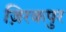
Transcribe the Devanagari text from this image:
ज़िरकपुर